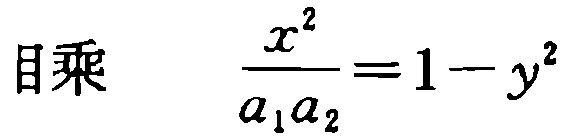
目乘 $\frac{x^{2}}{a_{1}a_{2}} = 1 - y^{2}$